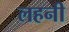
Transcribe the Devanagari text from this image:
लहनी